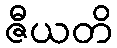
ဇီယတိ